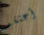
أعتقد